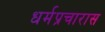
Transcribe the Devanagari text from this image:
धर्मप्रचारास